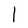
Character: l